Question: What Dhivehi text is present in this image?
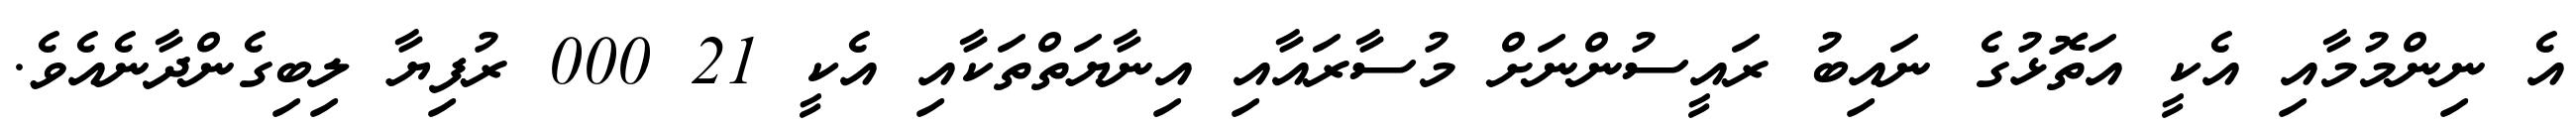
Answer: އެ ނިންމުމާއި އެކީ އަތޮޅުގެ ނައިބު ރައީސުންނަށް މުސާރައާއި އިނާޔަތްތަކާއި އެކީ 21 000 ރުފިޔާ ލިބިގެންދާނެއެވެ.